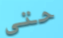
حتى